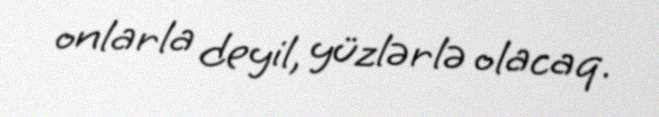
onlarla deyil, yüzlərlə olacaq.